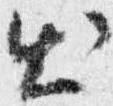
出